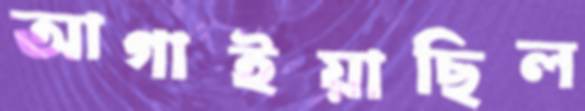
আগাইয়াছিল